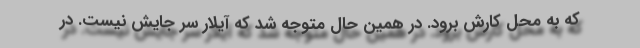
که به محل کارش برود. در همین حال متوجه شد که آیلار سر جایش نیست. در